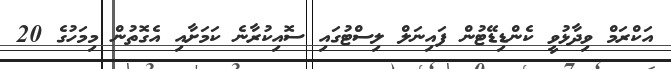
އަކްރަމް ވިދާޅުވީ ކެންޑިޑޭޓުން ފައިނަލް ލިސްޓުގައި ސޮއިކުރާނެ ކަމަށާއި އެގޮތުން މިމަހުގެ 20